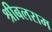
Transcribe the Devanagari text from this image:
श्रीबलराम